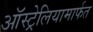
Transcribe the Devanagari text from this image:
ऑस्ट्रेलियामार्फत